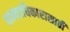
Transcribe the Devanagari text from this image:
मानवाधिकारासाठी